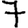
Digit: 7